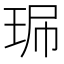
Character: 𤥈